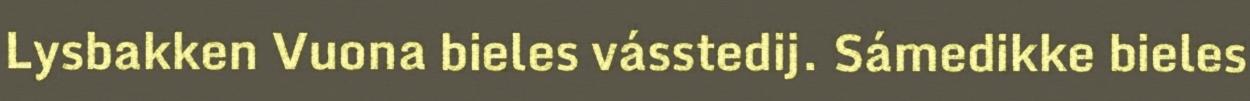
Lysbakken Vuona bieles vásstedij. Sámedikke bieles